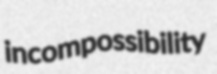
incompossibility